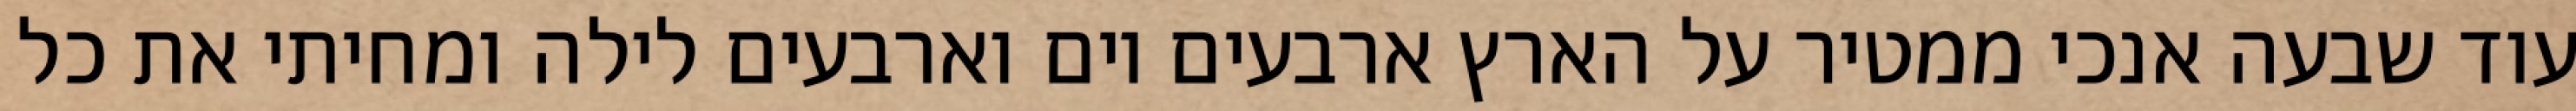
עוד שבעה אנכי ממטיר על הארץ ארבעים יום וארבעים לילה ומחיתי את כל